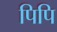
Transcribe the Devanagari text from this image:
पिपि